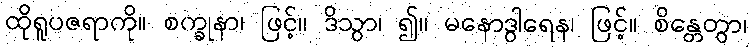
ထိုရူပဇရာကို။ စက္ခုနာ၊ ဖြင့်။ ဒိသွာ၊ ၍။ မနောဒွါရေန၊ ဖြင့်။ စိန္တေတွာ၊